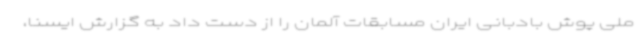
ملی پوش بادبانی ایران مسابقات آلمان را از دست داد به گزارش ایسنا،